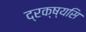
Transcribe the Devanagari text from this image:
द्रक्ष्यसि